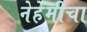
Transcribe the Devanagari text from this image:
नेहेमीचा